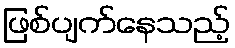
ဖြစ်ပျက်နေသည့်